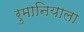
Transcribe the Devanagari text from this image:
रुमानियाला